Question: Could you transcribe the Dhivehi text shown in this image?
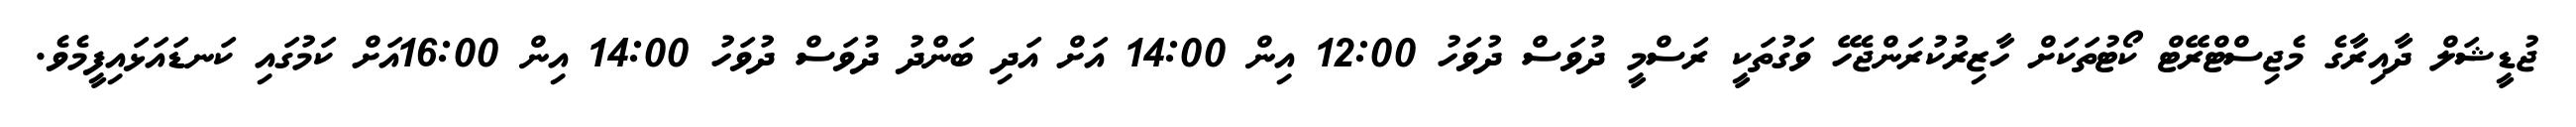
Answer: ޖުޑީޝަލް ދާއިރާގެ މެޖިސްޓްރޭޓް ކޯޓުތަކަށް ހާޒިރުކުރަންޖެހޭ ވަގުތަކީ ރަސްމީ ދުވަސް ދުވަހު 12:00 އިން 14:00 އަށް އަދި ބަންދު ދުވަސް ދުވަހު 14:00 އިން 16:00އަށް ކަމުގައި ކަނޑައަޅައިފީމެވެ.